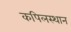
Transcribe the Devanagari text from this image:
कपिलस्थान